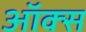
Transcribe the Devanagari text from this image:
ऑक्‍स